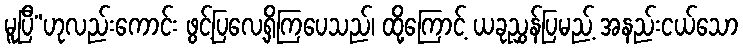
မူပြီ”ဟုလည်းကောင်း ဖွင့်ပြလေ့ရှိကြပေသည်၊ ထို့ကြောင့် ယခုညွှန်ပြမည့် အနည်းငယ်သော